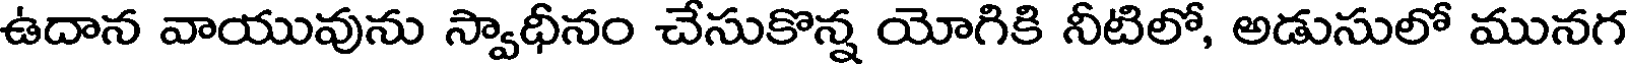
ఉదాన వాయువును స్వాధీనం చేసుకొన్న యోగికి నీటిలో, అడుసులో మునగ